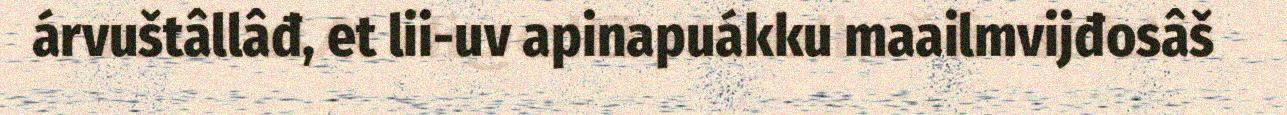
árvuštâllâđ, et lii-uv apinapuákku maailmvijđosâš